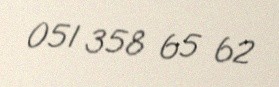
051 358 65 62